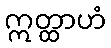
ဣတ္ထာဟံ